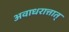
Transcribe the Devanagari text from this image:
अवाधरात्तात्